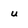
Character: u